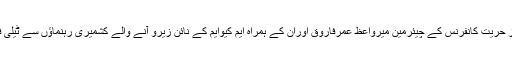
انہوں نے یہ بات آج آل پارٹیز حریت کانفرنس کے چیئرمین میرواعظ عمرفاروق اوران کے ہمراہ ایم کیوایم کے نائن زیرو آنے والے کشمیری رہنماؤں سے ٹیلی فون پرگفتگوکرتے ہوئے کیا۔